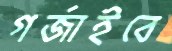
গর্জাইবে